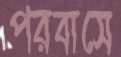
পরবাসে